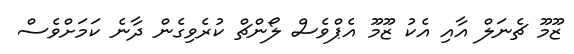
ޒޫމޫ ޗެނަލް އާއި އެކު ޒޫމޫ އެޕްވެސް ލޯންޗް ކުރެވިގެން ދާނެ ކަމަށްވެސް